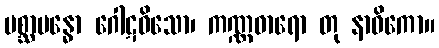
ပစ္ဆာဗန္ဓော ဂေါဋဝိသော၊ ကဏ္ဏဓာရော တု နာဝိကော။